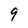
Character: 9